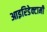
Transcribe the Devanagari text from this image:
आइरिडेक्टामी